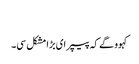
‏
کہوو گے کہ پیپر ای بڑا مشکل سی۔